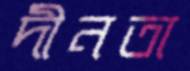
দীনতা